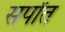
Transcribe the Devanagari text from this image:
सर्पांत